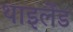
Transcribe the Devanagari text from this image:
थाइलेंड